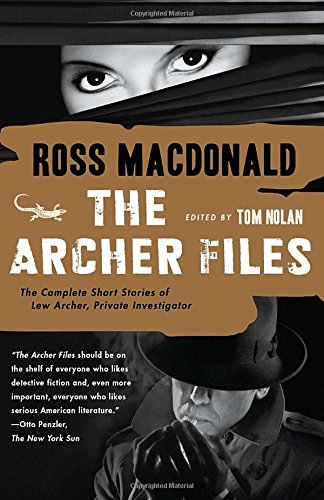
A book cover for The Archer Files: The Complete Short Stories of Lew Archer, Private Investigator (Vintage Crime/Black Lizard); Ross Macdonald; Mystery, Thriller & Suspense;